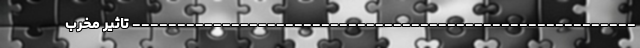
-------------------------------------------------------- تاثیر مخرب